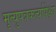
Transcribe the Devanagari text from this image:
मृत्युपत्रकर्त्यापेक्षा